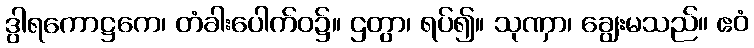
ဒွါရကောဋ္ဌကေ၊ တံခါးပေါက်ဝ၌။ ဌတွာ၊ ရပ်၍။ သုဏှာ၊ ချွေးမသည်။ ဧဝံ